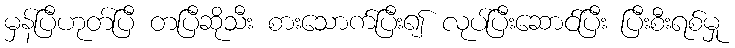
မှန်ပြီဟုတ်ပြီ တပြီဆိုသီး စားသောက်ပြီး၍ လုပ်ပြီးဆောင်ပြီး ပြီးစီးရစ်မှု